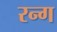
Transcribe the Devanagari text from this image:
रन्ग